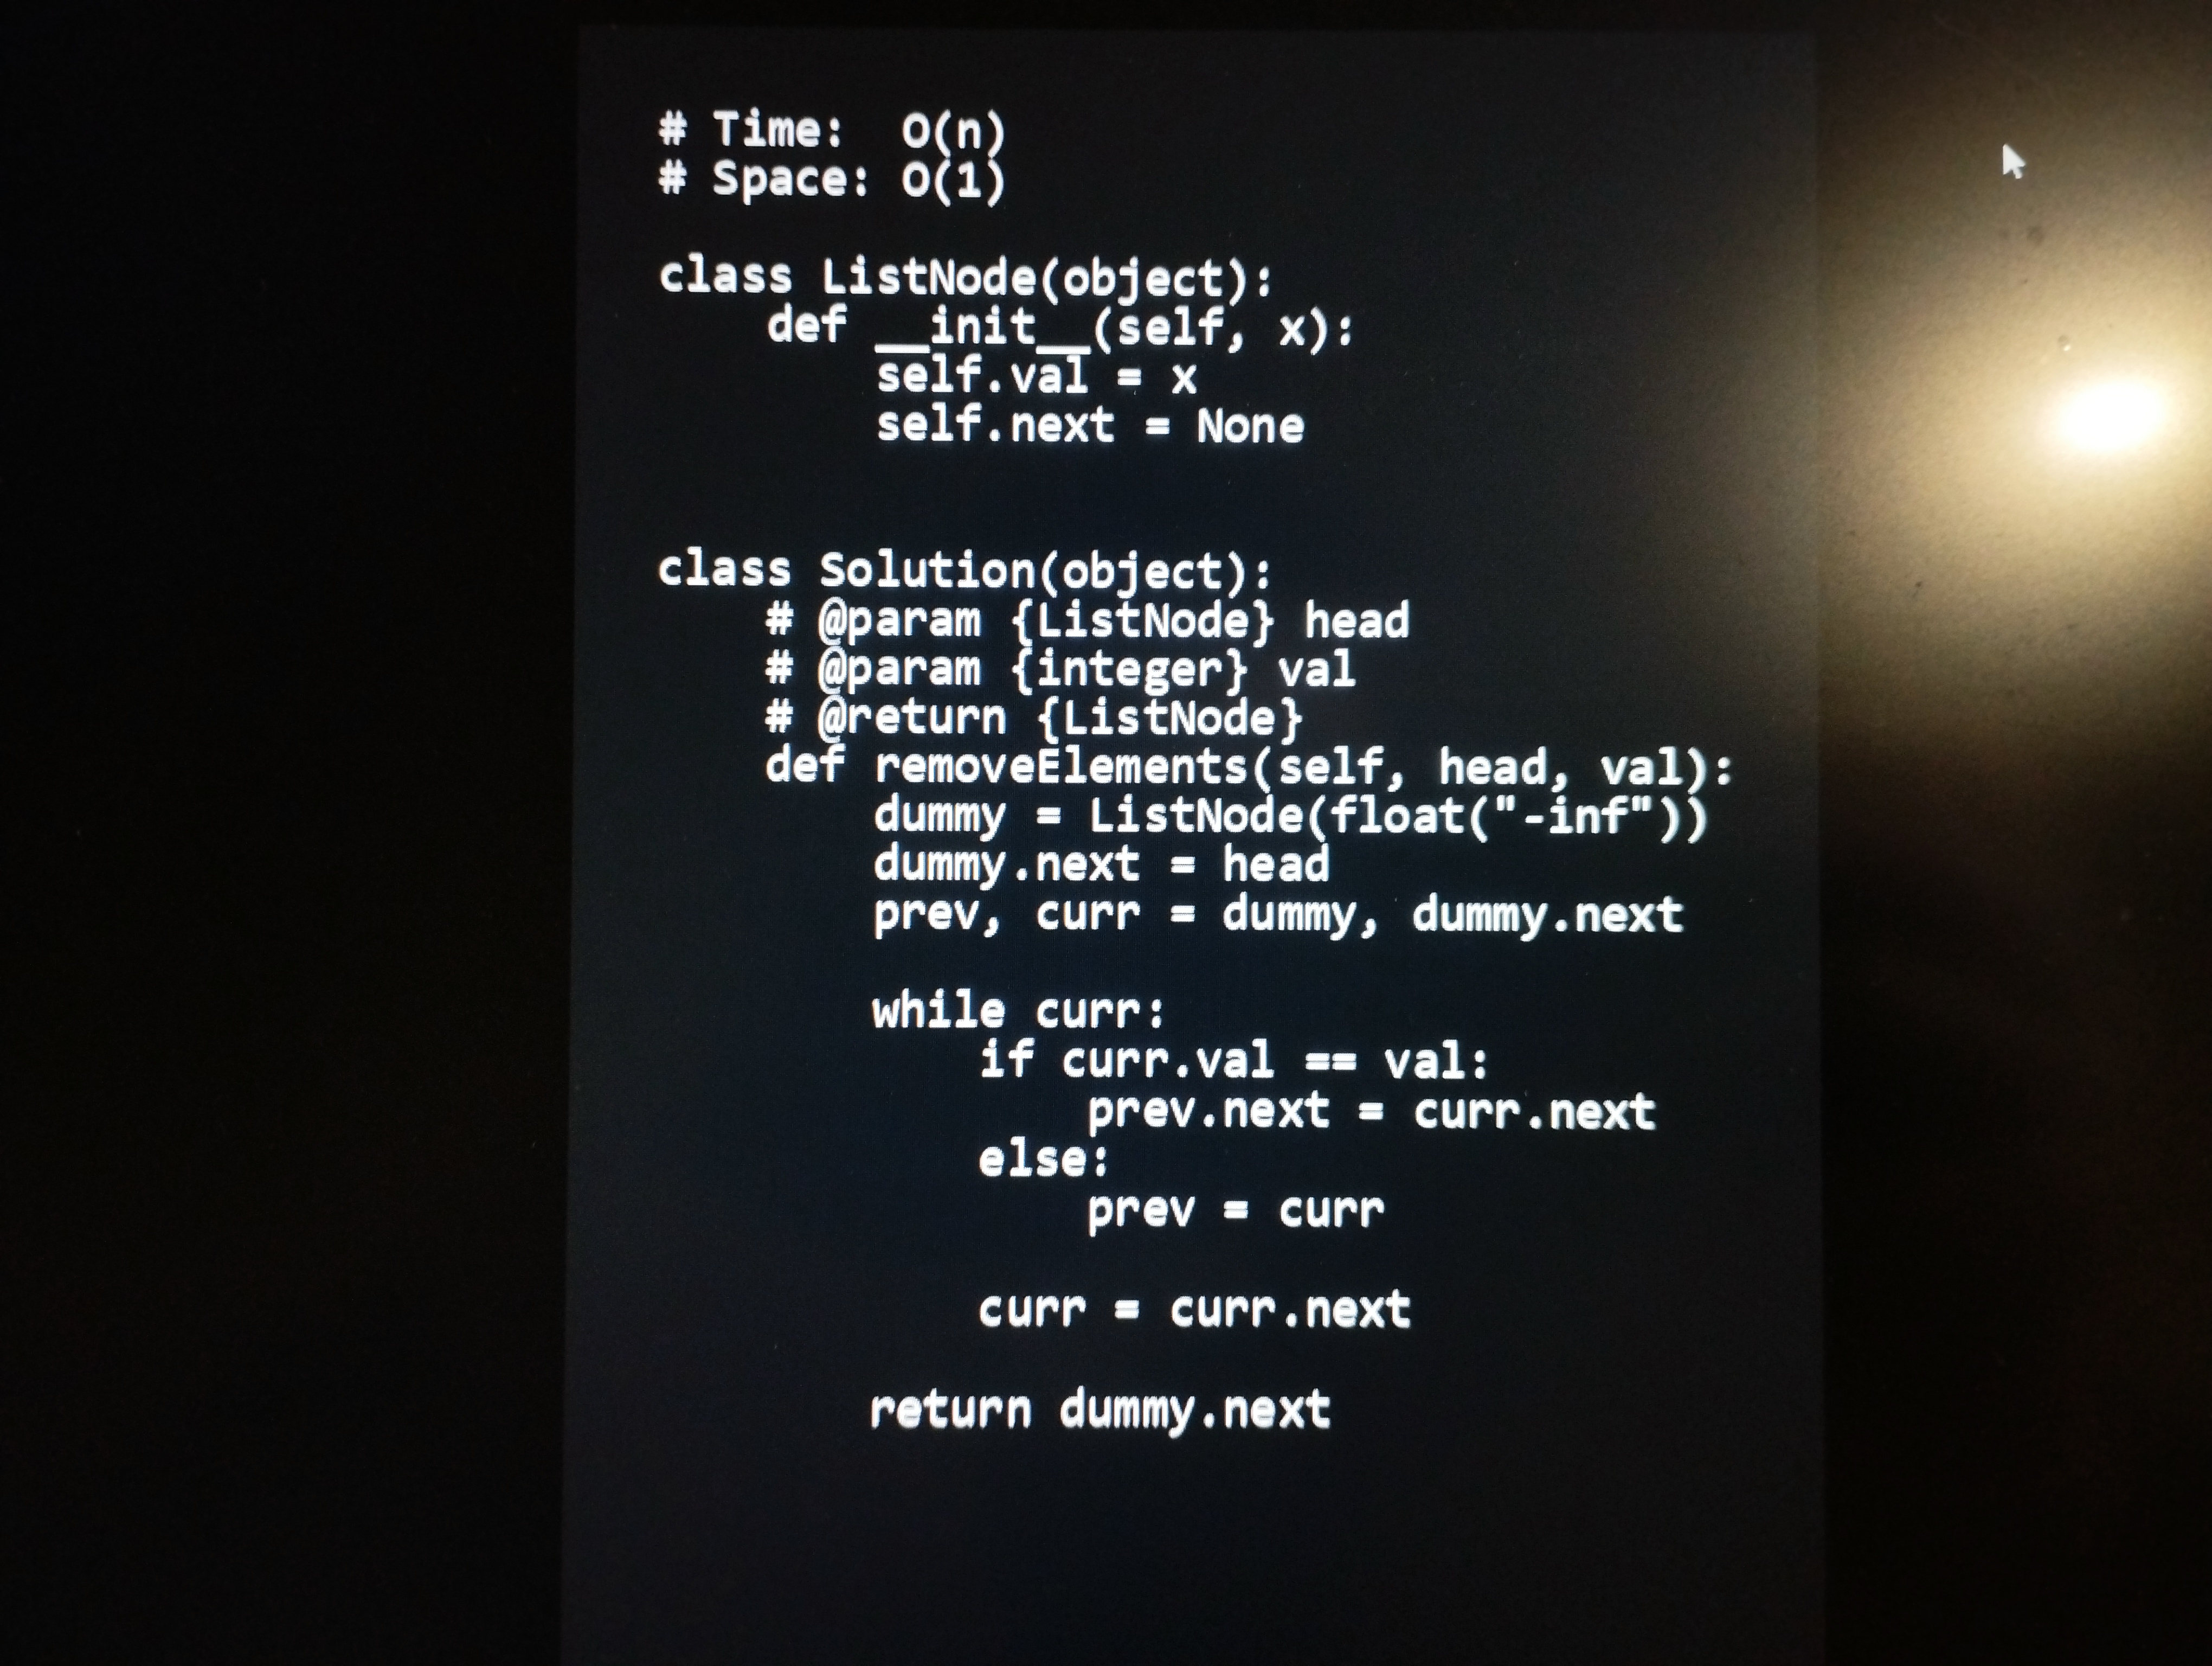
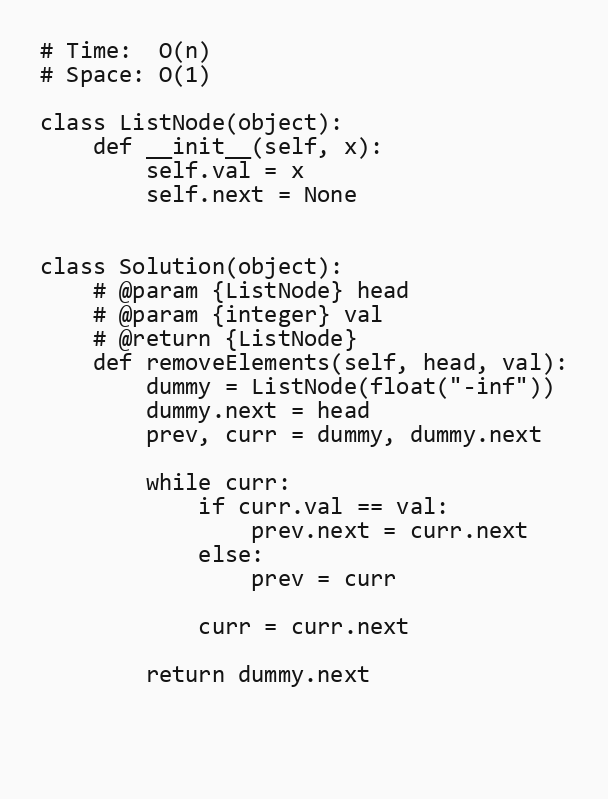
# Time:  O(n)
# Space: O(1)

class ListNode(object):
    def __init__(self, x):
        self.val = x
        self.next = None

class Solution(object):
    # @param {ListNode} head
    # @param {integer} val
    # @return {ListNode}
    def removeElements(self, head, val):
        dummy = ListNode(float("-inf"))
        dummy.next = head
        prev, curr = dummy, dummy.next

        while curr:
            if curr.val == val:
                prev.next = curr.next
            else:
                prev = curr

            curr = curr.next

        return dummy.next